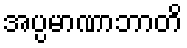
အပ္ပမာဏာဘာတိ